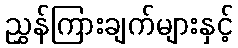
ညွှန်ကြားချက်များနှင့်